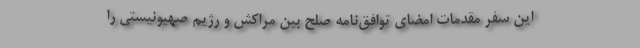
این سفر مقدمات امضای توافق‌نامه صلح بین مراکش و رژیم صهیونیستی را